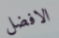
الافضل